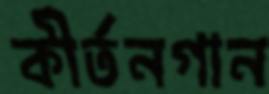
কীর্তনগান